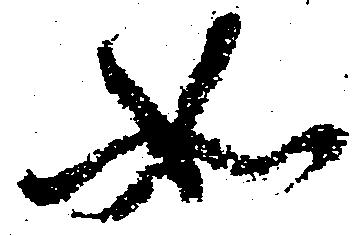
如